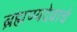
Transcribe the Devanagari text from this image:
ब्रह्मण्यदेवाचे